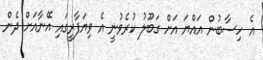
އެ ހިސާބުން އައްޔަ އަށް ގަބޫލު ކުރެވުނީ އެ ވިޔަފާރީގައި އޭނާއަށް ދެން